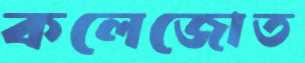
কলেজোত